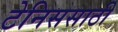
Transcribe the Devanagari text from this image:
टेनिससाठी